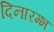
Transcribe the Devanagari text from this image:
दिनारम्भ